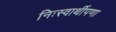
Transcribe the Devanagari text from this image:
निःस्वार्थीपणा